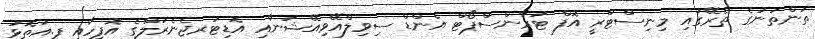
ތަންތަނުގެ ތެރޭގައި މިނިސްޓްރީ އޮފް ޓުރާންސްޕޯޓް އެންޑް ސިވިލްއޭވިއޭޝަނާއި އޮޑިޓަރޖެނެރަލްގެ އޮފީހާއި ފ.އަތޮޅު